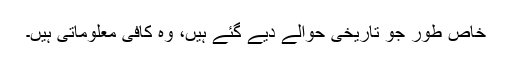
خاص طور جو تاریخی حوالے دیے گئے ہیں، وہ کافی معلوماتی ہیں۔